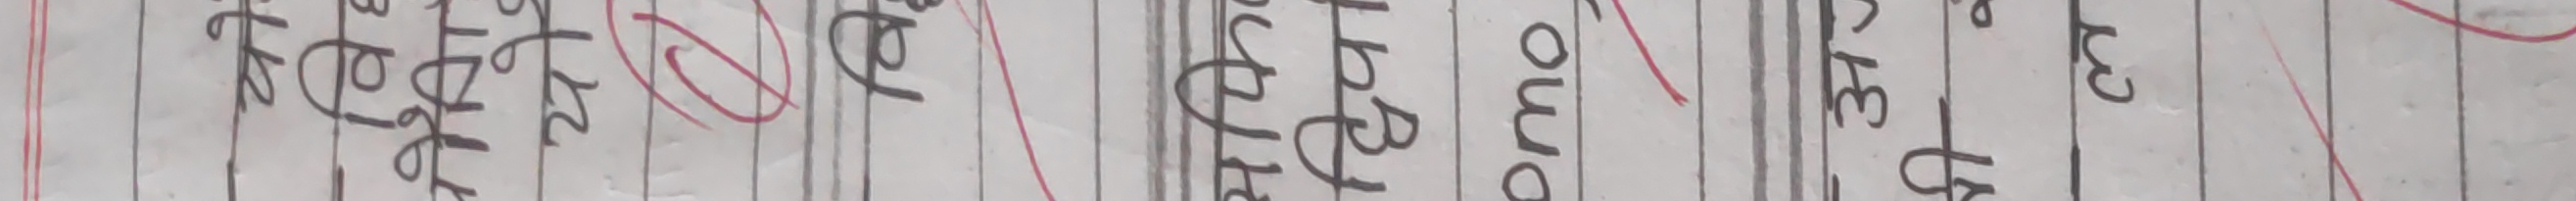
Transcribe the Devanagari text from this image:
फैटलेट, क्टोमो, एकेट